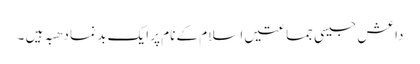
داعش جیسی جماعتیں اسلام کے نام پر ایک بد نما دھبہ ہیں ۔